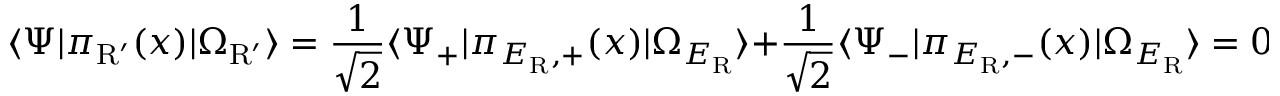
\langle \Psi | \pi _ { \mathrm { R ^ { \prime } } } ( x ) | \Omega _ { \mathrm { R ^ { \prime } } } \rangle = \frac { 1 } { \sqrt { 2 } } \langle \Psi _ { + } | \pi _ { E _ { \mathrm { R } } , + } ( x ) | \Omega _ { E _ { \mathrm { R } } } \rangle + \frac { 1 } { \sqrt { 2 } } \langle \Psi _ { - } | \pi _ { E _ { \mathrm { R } } , - } ( x ) | \Omega _ { E _ { \mathrm { R } } } \rangle = 0